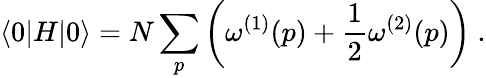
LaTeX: \langle 0|H|0\rangle=N\sum_{p}\left(\omega^{(1)}(p)+\frac{1}{2}\omega^{(2)}(p)\right)\ .